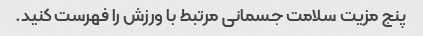
پنج مزیت سلامت جسمانی مرتبط با ورزش را فهرست کنید.